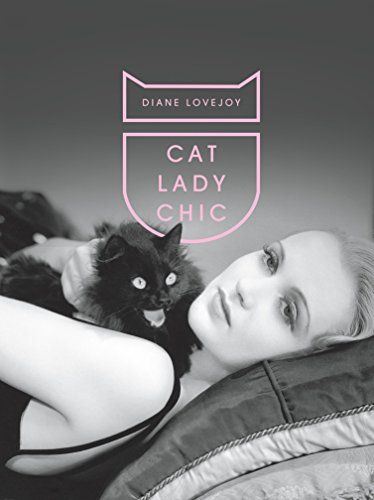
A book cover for Cat Lady Chic; Diane Lovejoy; Arts & Photography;